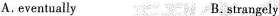
A.eventually B. strangely